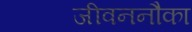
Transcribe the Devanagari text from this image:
जीवननौका